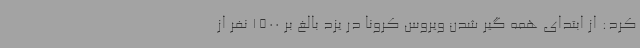
کرد: از ابتدای همه گیر شدن ویروس کرونا در یزد بالغ بر 1500 نفر از